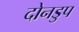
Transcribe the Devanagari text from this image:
दोनडुप